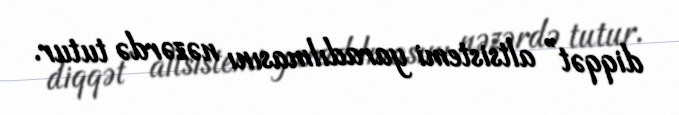
diqqət” altsistemi yaradılmasını nəzərdə tutur.